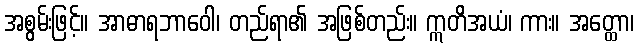
အစွမ်းဖြင့်။ အာဓာရဘာဝေါ၊ တည်ရာ၏ အဖြစ်တည်း။ ဣတိအယံ၊ ကား။ အတ္ထော၊